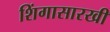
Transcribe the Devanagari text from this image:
शिंगासारखी